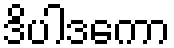
ဒိပါဒကော